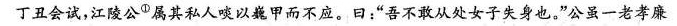
丁丑会试，江陵公①属其私人啖以巍甲而不应。曰：”吾不敢从处女子失身也。”公虽一老孝廉